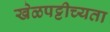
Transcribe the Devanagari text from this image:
खेळपट्टीच्यता